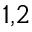
^ { 1 , 2 }